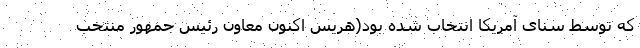
که توسط سنای آمریکا انتخاب شده بود(هریس اکنون معاون رئیس جمهور منتخب